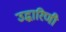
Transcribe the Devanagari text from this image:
उद्धारिणी